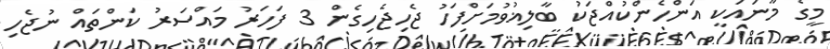
މީގެ މާނައަކީ އަންހެންކުއްޖަކު ބާލިޣުވުމަށްފަހު ޖެހިޖެހިގެން 3 ފަހަރު މައްސަރު ކަންތައް ނުޖެހި